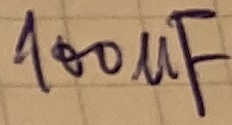
Text: 100µF